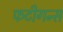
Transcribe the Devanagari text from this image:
फटीगन्स